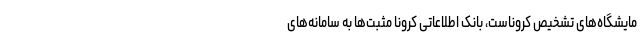
مایشگاه‌های تشخیص کروناست، بانک اطلاعاتی کرونا مثبت‌ها به سامانه‌های